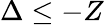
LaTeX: \Delta\le-Z